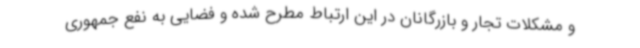
و مشکلات تجار و بازرگانان در این ارتباط مطرح شده و فضایی به نفع جمهوری